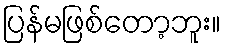
ပြန်မဖြစ်တော့ဘူး။